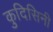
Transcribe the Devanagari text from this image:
कुदिसिनी